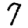
Digit: 7